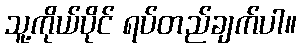
သူ့ကိုယ်ပိုင် ရပ်တည်ချက်ပါ။